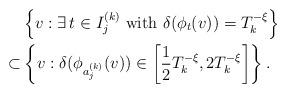
LaTeX: \begin{align*}&\left\{v : \exists \, t \in I_j^{(k)} \textrm{ with } \delta(\phi_t(v)) = T_k^{-\xi} \right\} \\\subset &\left\{v : \delta(\phi_{a_j^{(k)}}(v))\in \left[\frac{1}{2}T_k^{-\xi}, 2T_k^{-\xi}\right]\right\}.\end{align*}